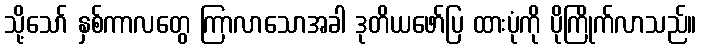
သို့သော် နှစ်ကာလတွေ ကြာလာသောအခါ ဒုတိယဖော်ပြ ထားပုံကို ပိုကြိုက်လာသည်။